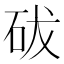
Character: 𥑕